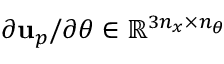
\partial \mathbf { u } _ { p } / \partial \theta \in \mathbb { R } ^ { 3 n _ { x } \times n _ { \theta } }